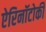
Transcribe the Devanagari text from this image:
ऐरिनॉटोकी